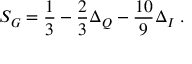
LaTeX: S _ { G } = \frac { 1 } { 3 } - \frac { 2 } { 3 } \Delta _ { Q } - \frac { 1 0 } { 9 } \Delta _ { I } \; .